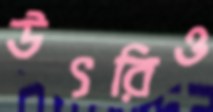
উৎরিও